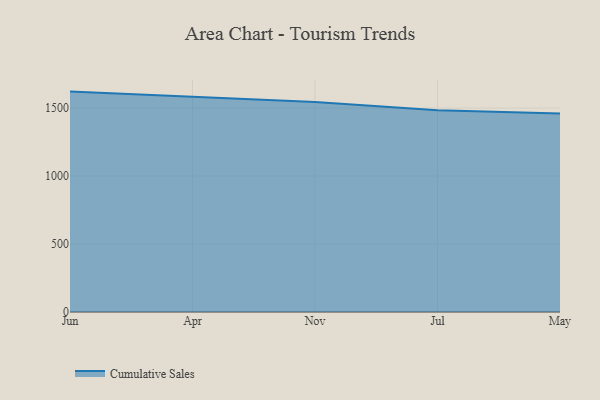
{"axis": {"x": "Month", "y": "Satisfaction Score"}, "legend": ["Cumulative Sales"], "data": [{"x": "Jun", "y": 1621.3, "type": "Cumulative Sales"}, {"x": "Apr", "y": 1581.8, "type": "Cumulative Sales"}, {"x": "Nov", "y": 1545.0, "type": "Cumulative Sales"}, {"x": "Jul", "y": 1484.7, "type": "Cumulative Sales"}, {"x": "May", "y": 1460.9, "type": "Cumulative Sales"}]}